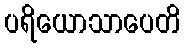
ပရိယောသာပေတိ